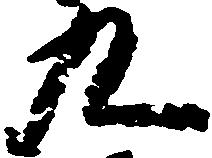
九